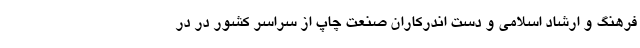
فرهنگ و ارشاد اسلامی و دست اندرکاران صنعت چاپ از سراسر کشور در در